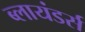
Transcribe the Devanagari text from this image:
ब्लायंडर्स